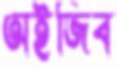
অইজিব